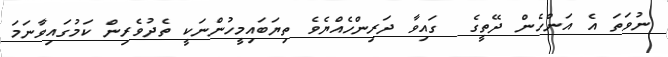
ނުވަތަ އެ އަންހެން ދޭތީގެ  ގައިވާ ދަރިންހެއްޔެވެ ތިޔަބައިމީހުންނަކީ ތެދުވެރިން ކަމުގައިވާނަމަ